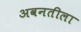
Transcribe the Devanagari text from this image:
अवनतीला